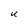
Character: U